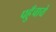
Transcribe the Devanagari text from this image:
पहुँचाये